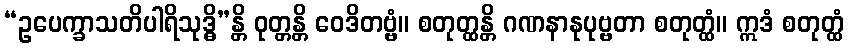
“ဥပေက္ခာသတိပါရိသုဒ္ဓိ”န္တိ ဝုတ္တန္တိ ဝေဒိတဗ္ဗံ။ စတုတ္ထန္တိ ဂဏနာနုပုဗ္ဗတာ စတုတ္ထံ။ ဣဒံ စတုတ္ထံ